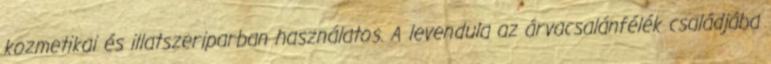
kozmetikai és illatszeriparban használatos. A levendula az árvacsalánfélék családjába